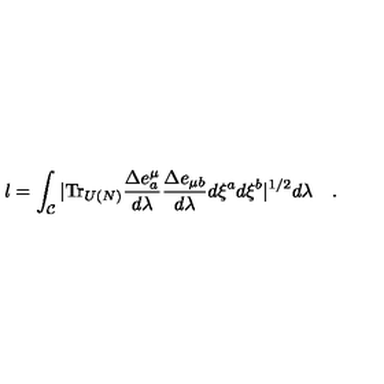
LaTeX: l = \int _ { \cal C } | \mathrm { T r } _ { U ( N ) } { \frac { \Delta e _ { a } ^ { \mu } } { d \lambda } } { \frac { \Delta e _ { \mu b } } { d \lambda } } d \xi ^ { a } d \xi ^ { b } | ^ { 1 / 2 } d \lambda \quad .